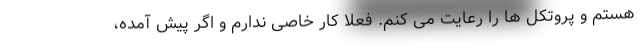
هستم و پروتکل ها را رعایت می کنم. فعلا کار خاصی ندارم و اگر پیش آمده،